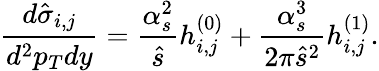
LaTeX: \frac{d\hat{\sigma}_{i,j}}{d^{2}p_{T}dy}=\frac{\alpha_{s}^{2}}{\hat{s}}h_{i,j}^{(0)}+\frac{\alpha_{s}^{3}}{2\pi\hat{s}^{2}}h_{i,j}^{(1)}.